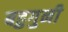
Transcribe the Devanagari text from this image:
बहुगुनी